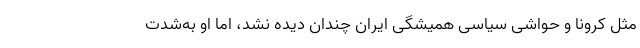
مثل کرونا و حواشی سیاسی همیشگی ایران چندان دیده نشد،‌ اما او به‌شدت